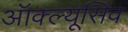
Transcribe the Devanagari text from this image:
ऑक्ल्यूसिव